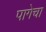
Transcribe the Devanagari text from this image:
पागेचा